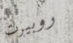
روبيرت